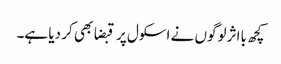
کچھ بااثر لوگوں نے اسکول پر قبضا بھی کر دیا ہے۔